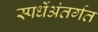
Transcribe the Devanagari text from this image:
स्पर्धेअंतर्गत